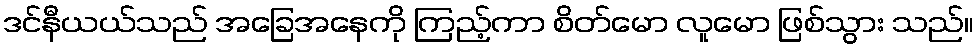
ဒင်နီယယ်သည် အခြေအနေကို ကြည့်ကာ စိတ်မော လူမော ဖြစ်သွား သည်။